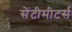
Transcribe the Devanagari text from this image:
सेंटीमीटर्स